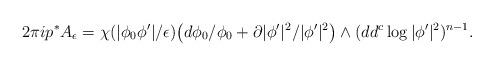
LaTeX: \begin{align*}2\pi i p^*A_{\epsilon} = \chi(|\phi_0\phi'|/\epsilon)\big(d\phi_0/\phi_0 + \partial |\phi'|^2/|\phi'|^2\big)\wedge (dd^c \log |\phi'|^2)^{n-1}.\end{align*}